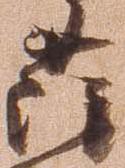
薩